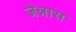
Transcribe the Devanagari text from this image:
जेन्नास